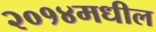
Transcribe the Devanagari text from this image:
२०१४मधील